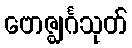
ဗောဇ္ဈင်္ဂသုတ်